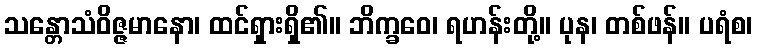
သန္တောသံဝိဇ္ဇမာနော၊ ထင်ရှားရှိ၏။ ဘိက္ခဝေ၊ ရဟန်းတို့။ ပုန၊ တစ်ဖန်။ ပရံစ၊